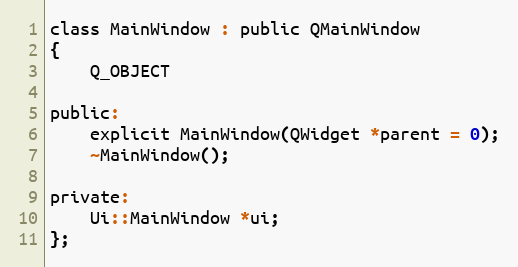
Language: C
class MainWindow : public QMainWindow
{
    Q_OBJECT

public:
    explicit MainWindow(QWidget *parent = 0);
    ~MainWindow();

private:
    Ui::MainWindow *ui;
};